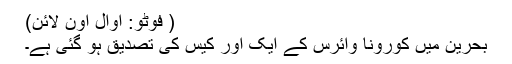
( فوٹو: اوال اون لائن)
بحرین میں کورونا وائرس کے ایک اور کیس کی تصدیق ہو گئی ہے۔